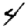
Digit: 4